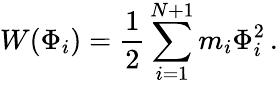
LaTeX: W(\Phi_{i})={\frac{1}{2}}\sum_{i=1}^{N+1}m_{i}\Phi_{i}^{2}\, .